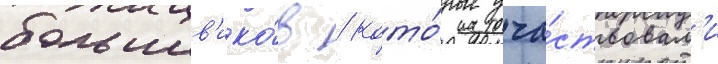
большев'ико́в / кото́рые уча́ствовал'и